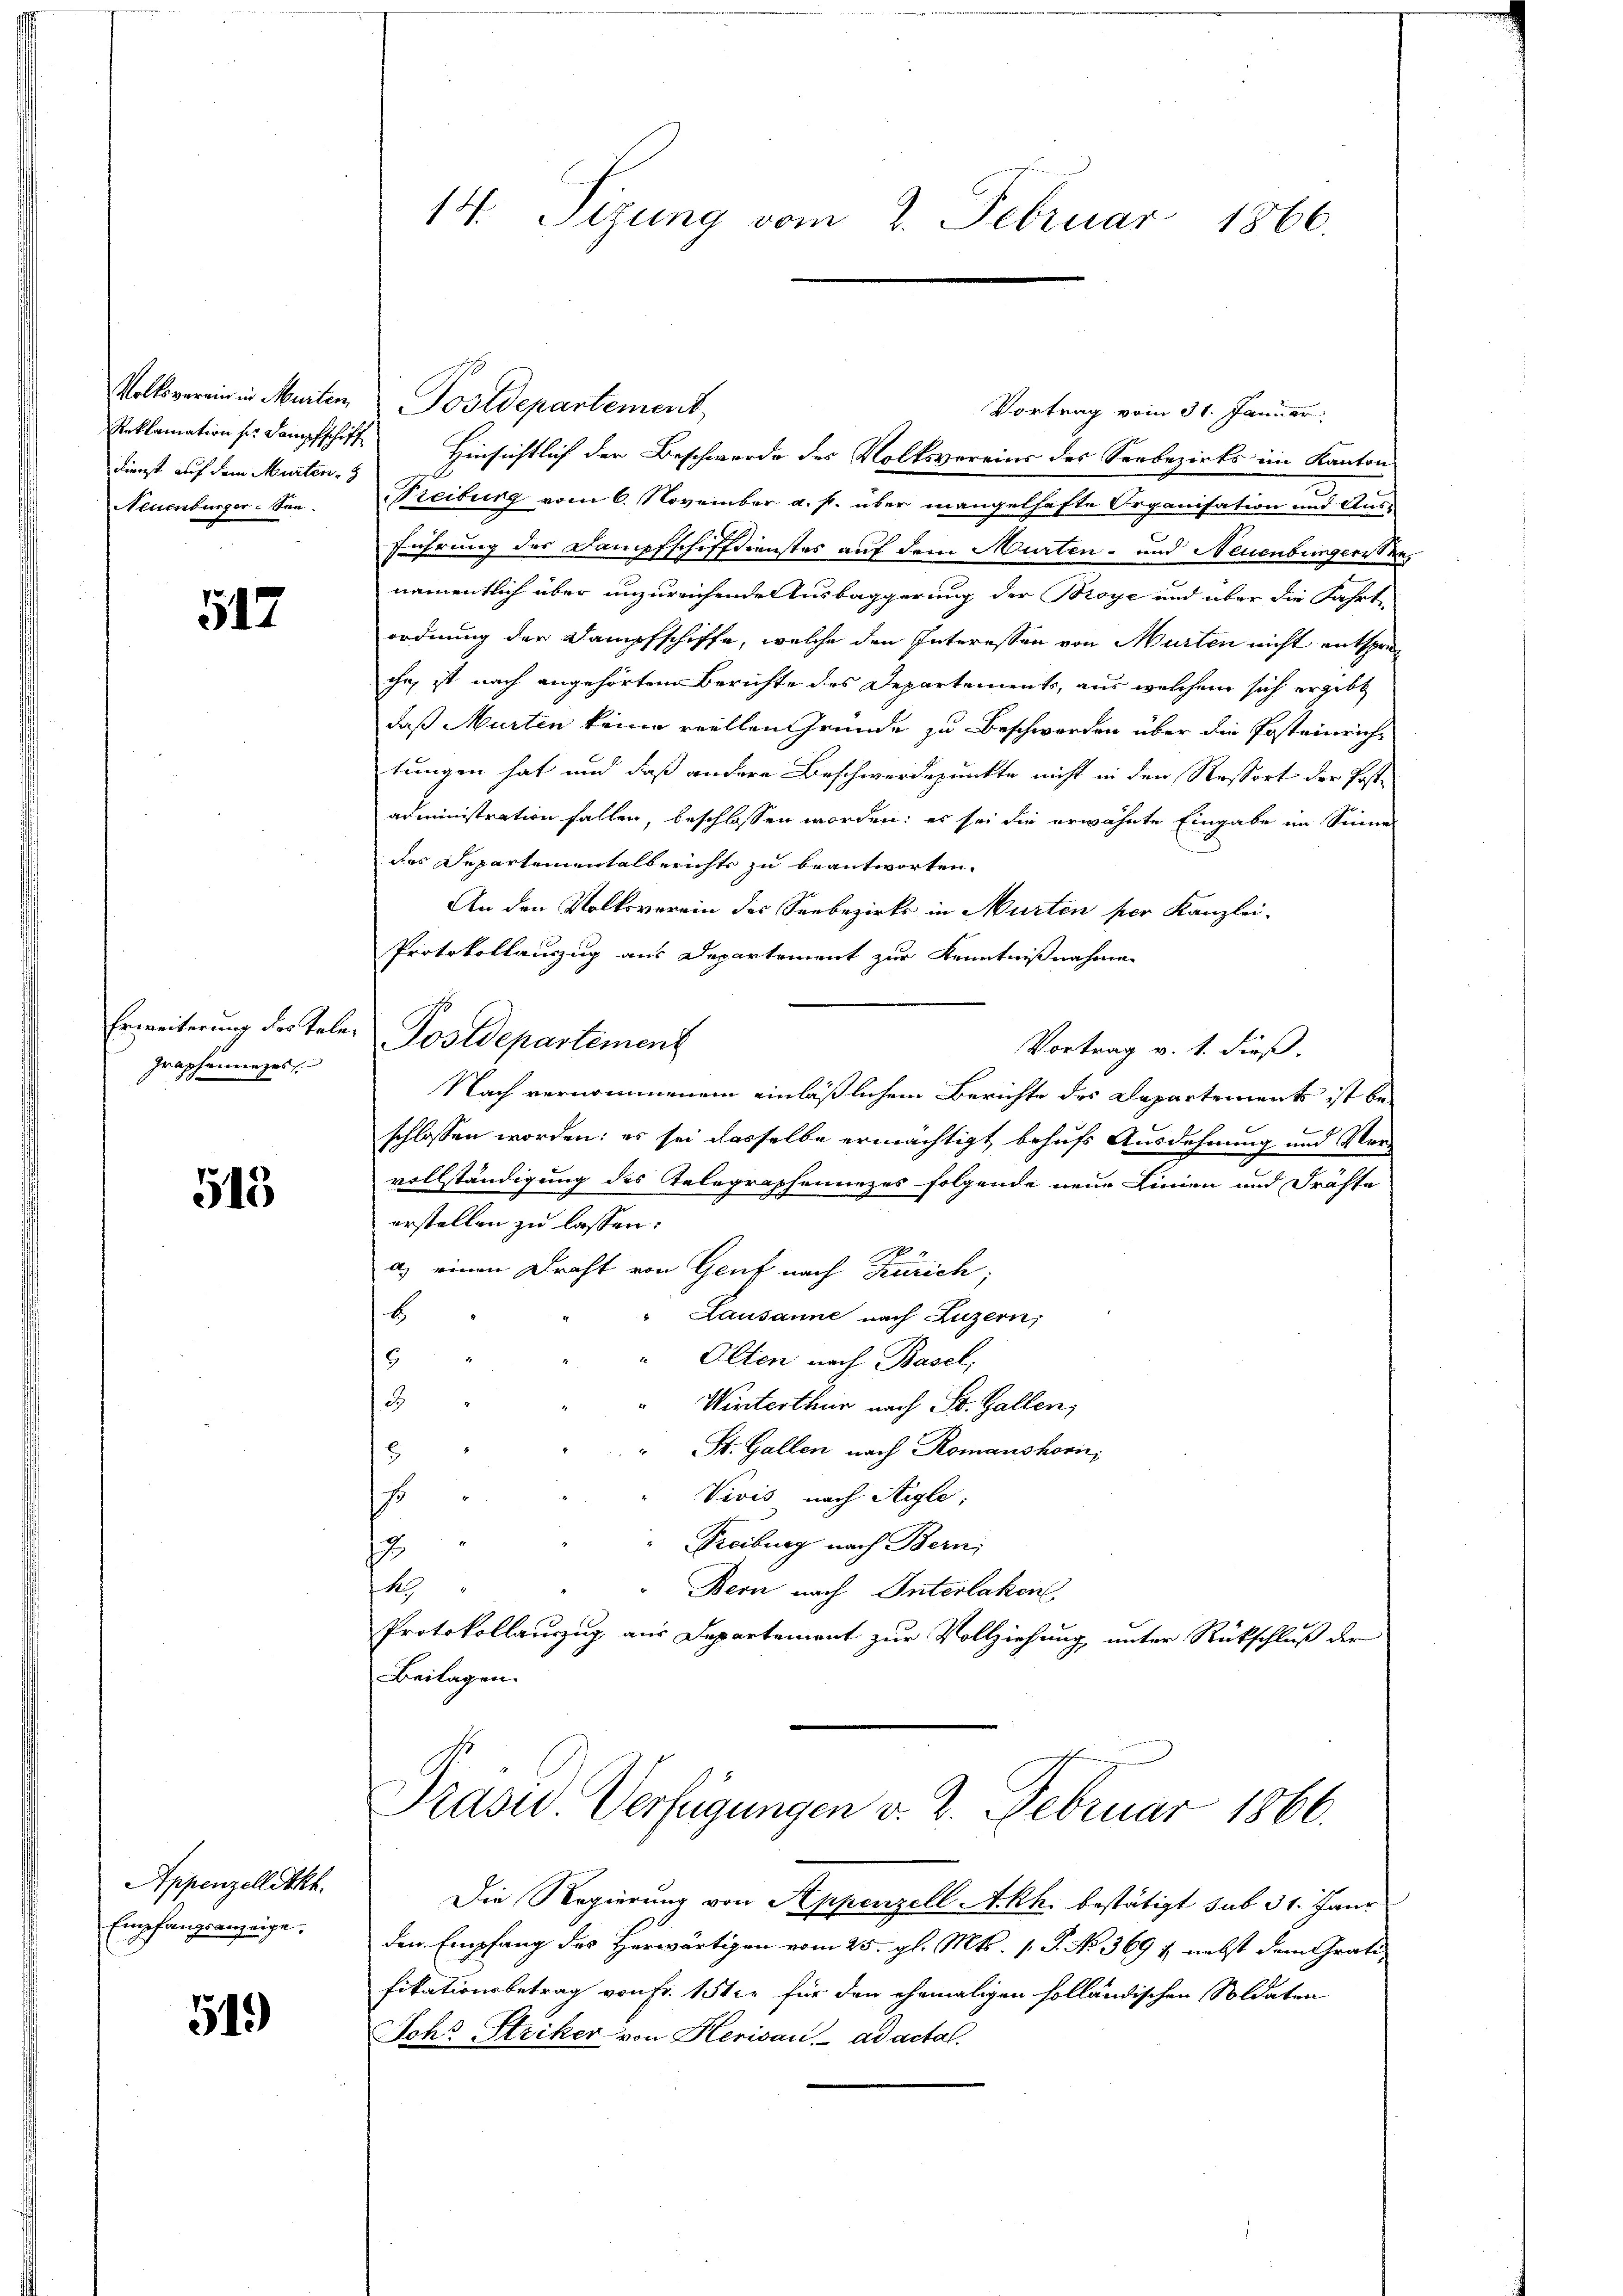
Dienst auf dem Murten,
Neuenburger-See.

517

Graphenninges

513

Appenzellatkh.
Empfangsanzeige,

519)

14. Sizung vom 2. Februar 1866.

Volksverein in Murten Postdepartement,
Reklamation ser Dampfschiff Hinsichtlich der Beschwerde des Volksvereins des Seebezirks im Kanton
Freiburg vom 6. November a. p. über mangelhafte Organisation und Aus-
führung der Dampfschiffdienstes auf dem Murten- und Neuenburgeristen
namentlich über unzureichende Ausbaggerung der Broye und über die Fahrt
ordnung der Dampfschiffe, welche den Interessen von Murten nicht entsprec
ihn, ist nach angehörtem Berichte des Departements, aus welchem sich ergibt
daß Murten keine viellen Gründe zu Beschwerden über die Posteinrichtungen hat und daß andere Beschwerdepunkte nicht in den Ressort der Postadministration fallen, beschlossen worden; es sei die erwähnte Eingabe im Sinne
des Departementalberichts zu beantworten.
An den Volksverein des Seebezirks in Murten per Kanzlei-
Protokollauszug aus Departement zur Kenntnißnahme
Vortrag v. 1. dieß.
Nach vernommenem einläßlichem Berichte des Departements ist beschlossen worden: es sei dasselbe ermächtigt behufs Ausdehnung und Ver-
vollständigung des Telegraphenurzes folgende neue Linien und Fräste
erstellen zu lassen:
9
a) einen Draht von Genf nach Zürich;
b
Lausanne nach Luzern,
Olten nach Basel,
8
3
Winterthur nach St. Gallen,
St. Gallen nach Romanshorn,
Vivis nach Aigle;
Freiburg nach Bern
12
N
" Bern nach Interlaken
Protokollauszug aus Departement zur Vollziehung unter Rückschluß der
Beilagen.

Erweiterung der Teler Postdepartement

Vortrag vom 31. Januar

Präsid Verfügungen v. 2. Februar 1866.

Die Regierung von Appenzell Akh. bestätigt sub 31. Janr
den Empfang des Herwärtigen vom 25. gl. Mts. 1. P. No 369 & nebst dem Gratifikationsbetrag von Fr. 151. für den ehemaligen solländischen Soldaten
Sohr Striker von Herisau, ad actal.